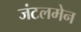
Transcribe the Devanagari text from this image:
जंटलमेन